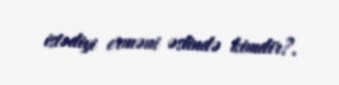
istədiyi erməni əslində kimdir?.